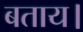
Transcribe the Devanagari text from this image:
बताय।